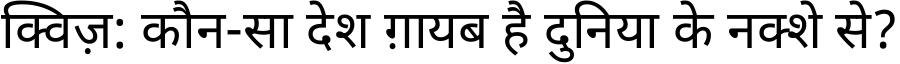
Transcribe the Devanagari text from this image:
क्विज़: कौन-सा देश ग़ायब है दुनिया के नक्शे से?